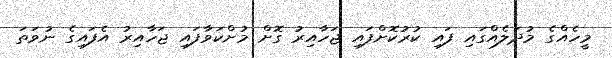
މީހެއްގެ މުދަލެއްގައި ފައި ކުރުކޮށްފައި ޖަހާއިރު ގޮށް މުށްކަވާފައި ޖަހާއިރު އެފައިގެ ނުވަތަ